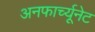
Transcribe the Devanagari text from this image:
अनफार्च्यूनेट